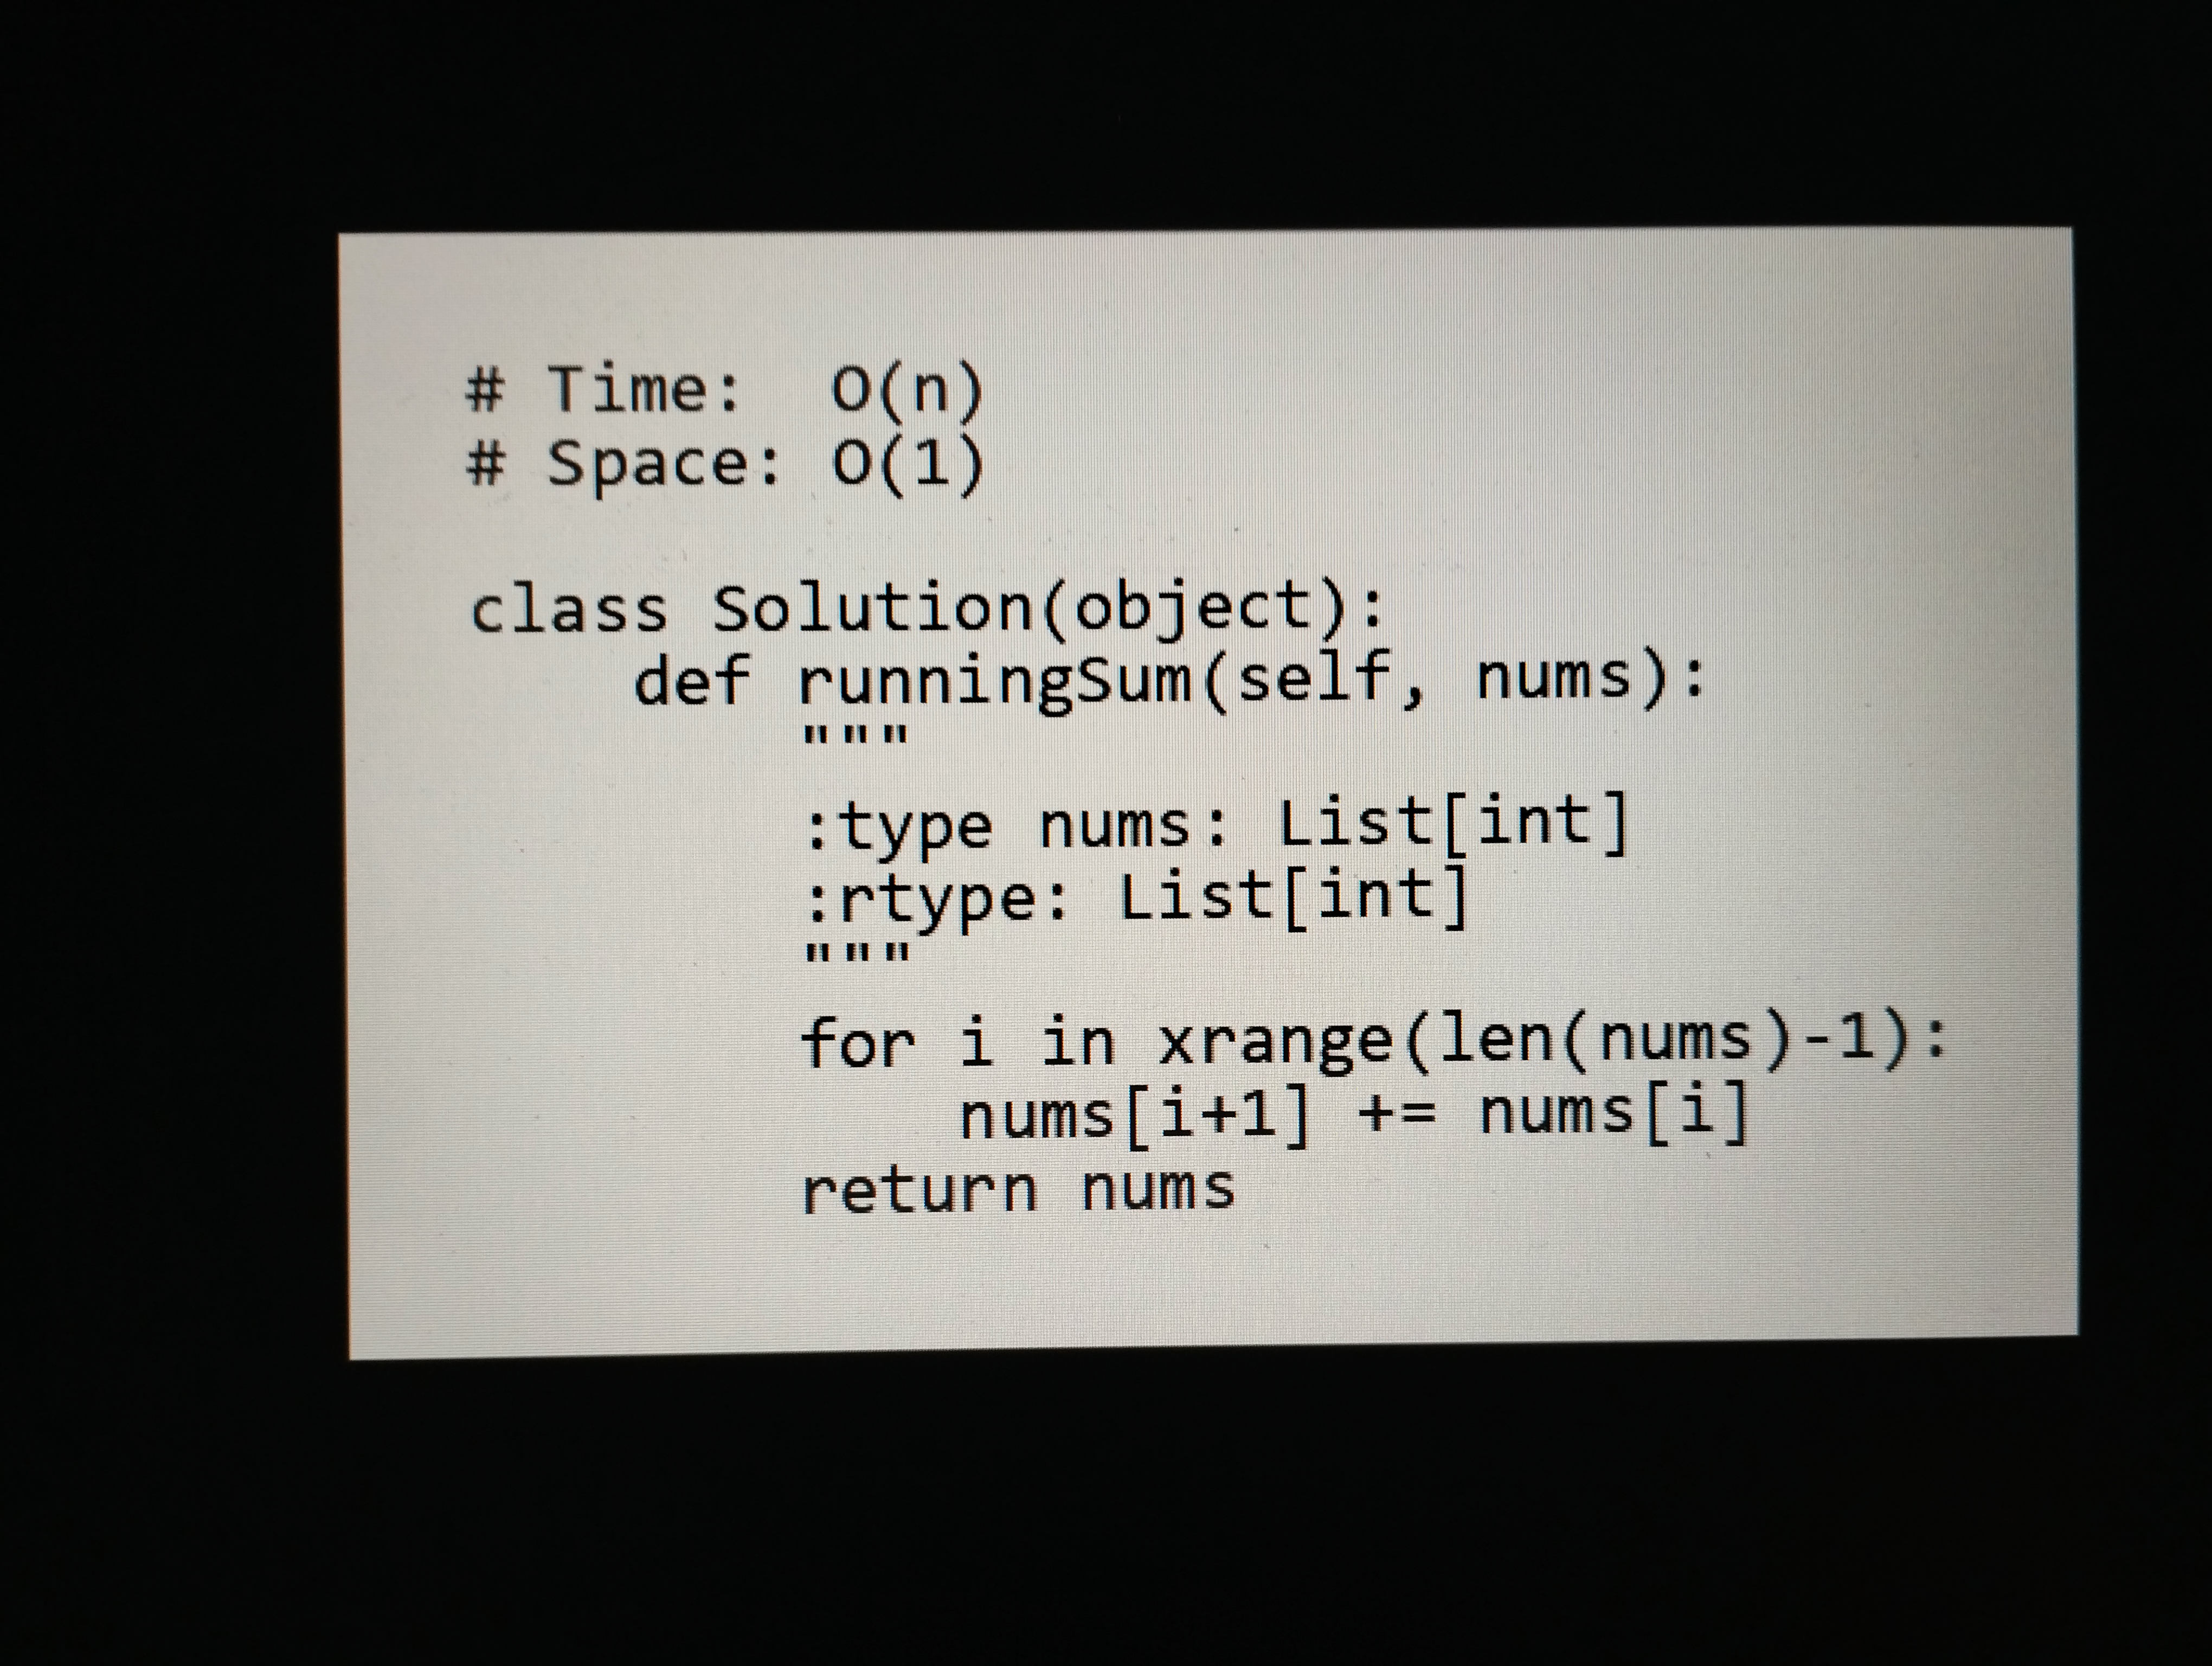
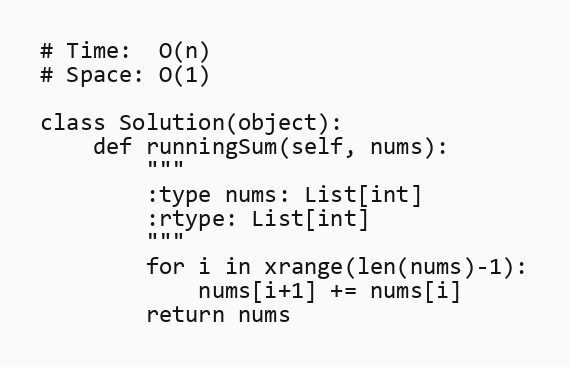
# Time:  O(n)
# Space: O(1)

class Solution(object):
    def runningSum(self, nums):
        """
        :type nums: List[int]
        :rtype: List[int]
        """
        for i in xrange(len(nums)-1):
            nums[i+1] += nums[i]
        return nums